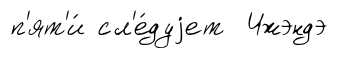
п'ят'и́ сл'е́дуjет Чжэндэ